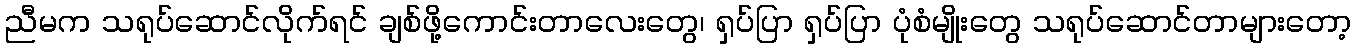
ညီမက သရုပ်ဆောင်လိုက်ရင် ချစ်ဖို့ကောင်းတာလေးတွေ၊ ရှပ်ပြာ ရှပ်ပြာ ပုံစံမျိုးတွေ သရုပ်ဆောင်တာများတော့